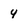
Character: 4